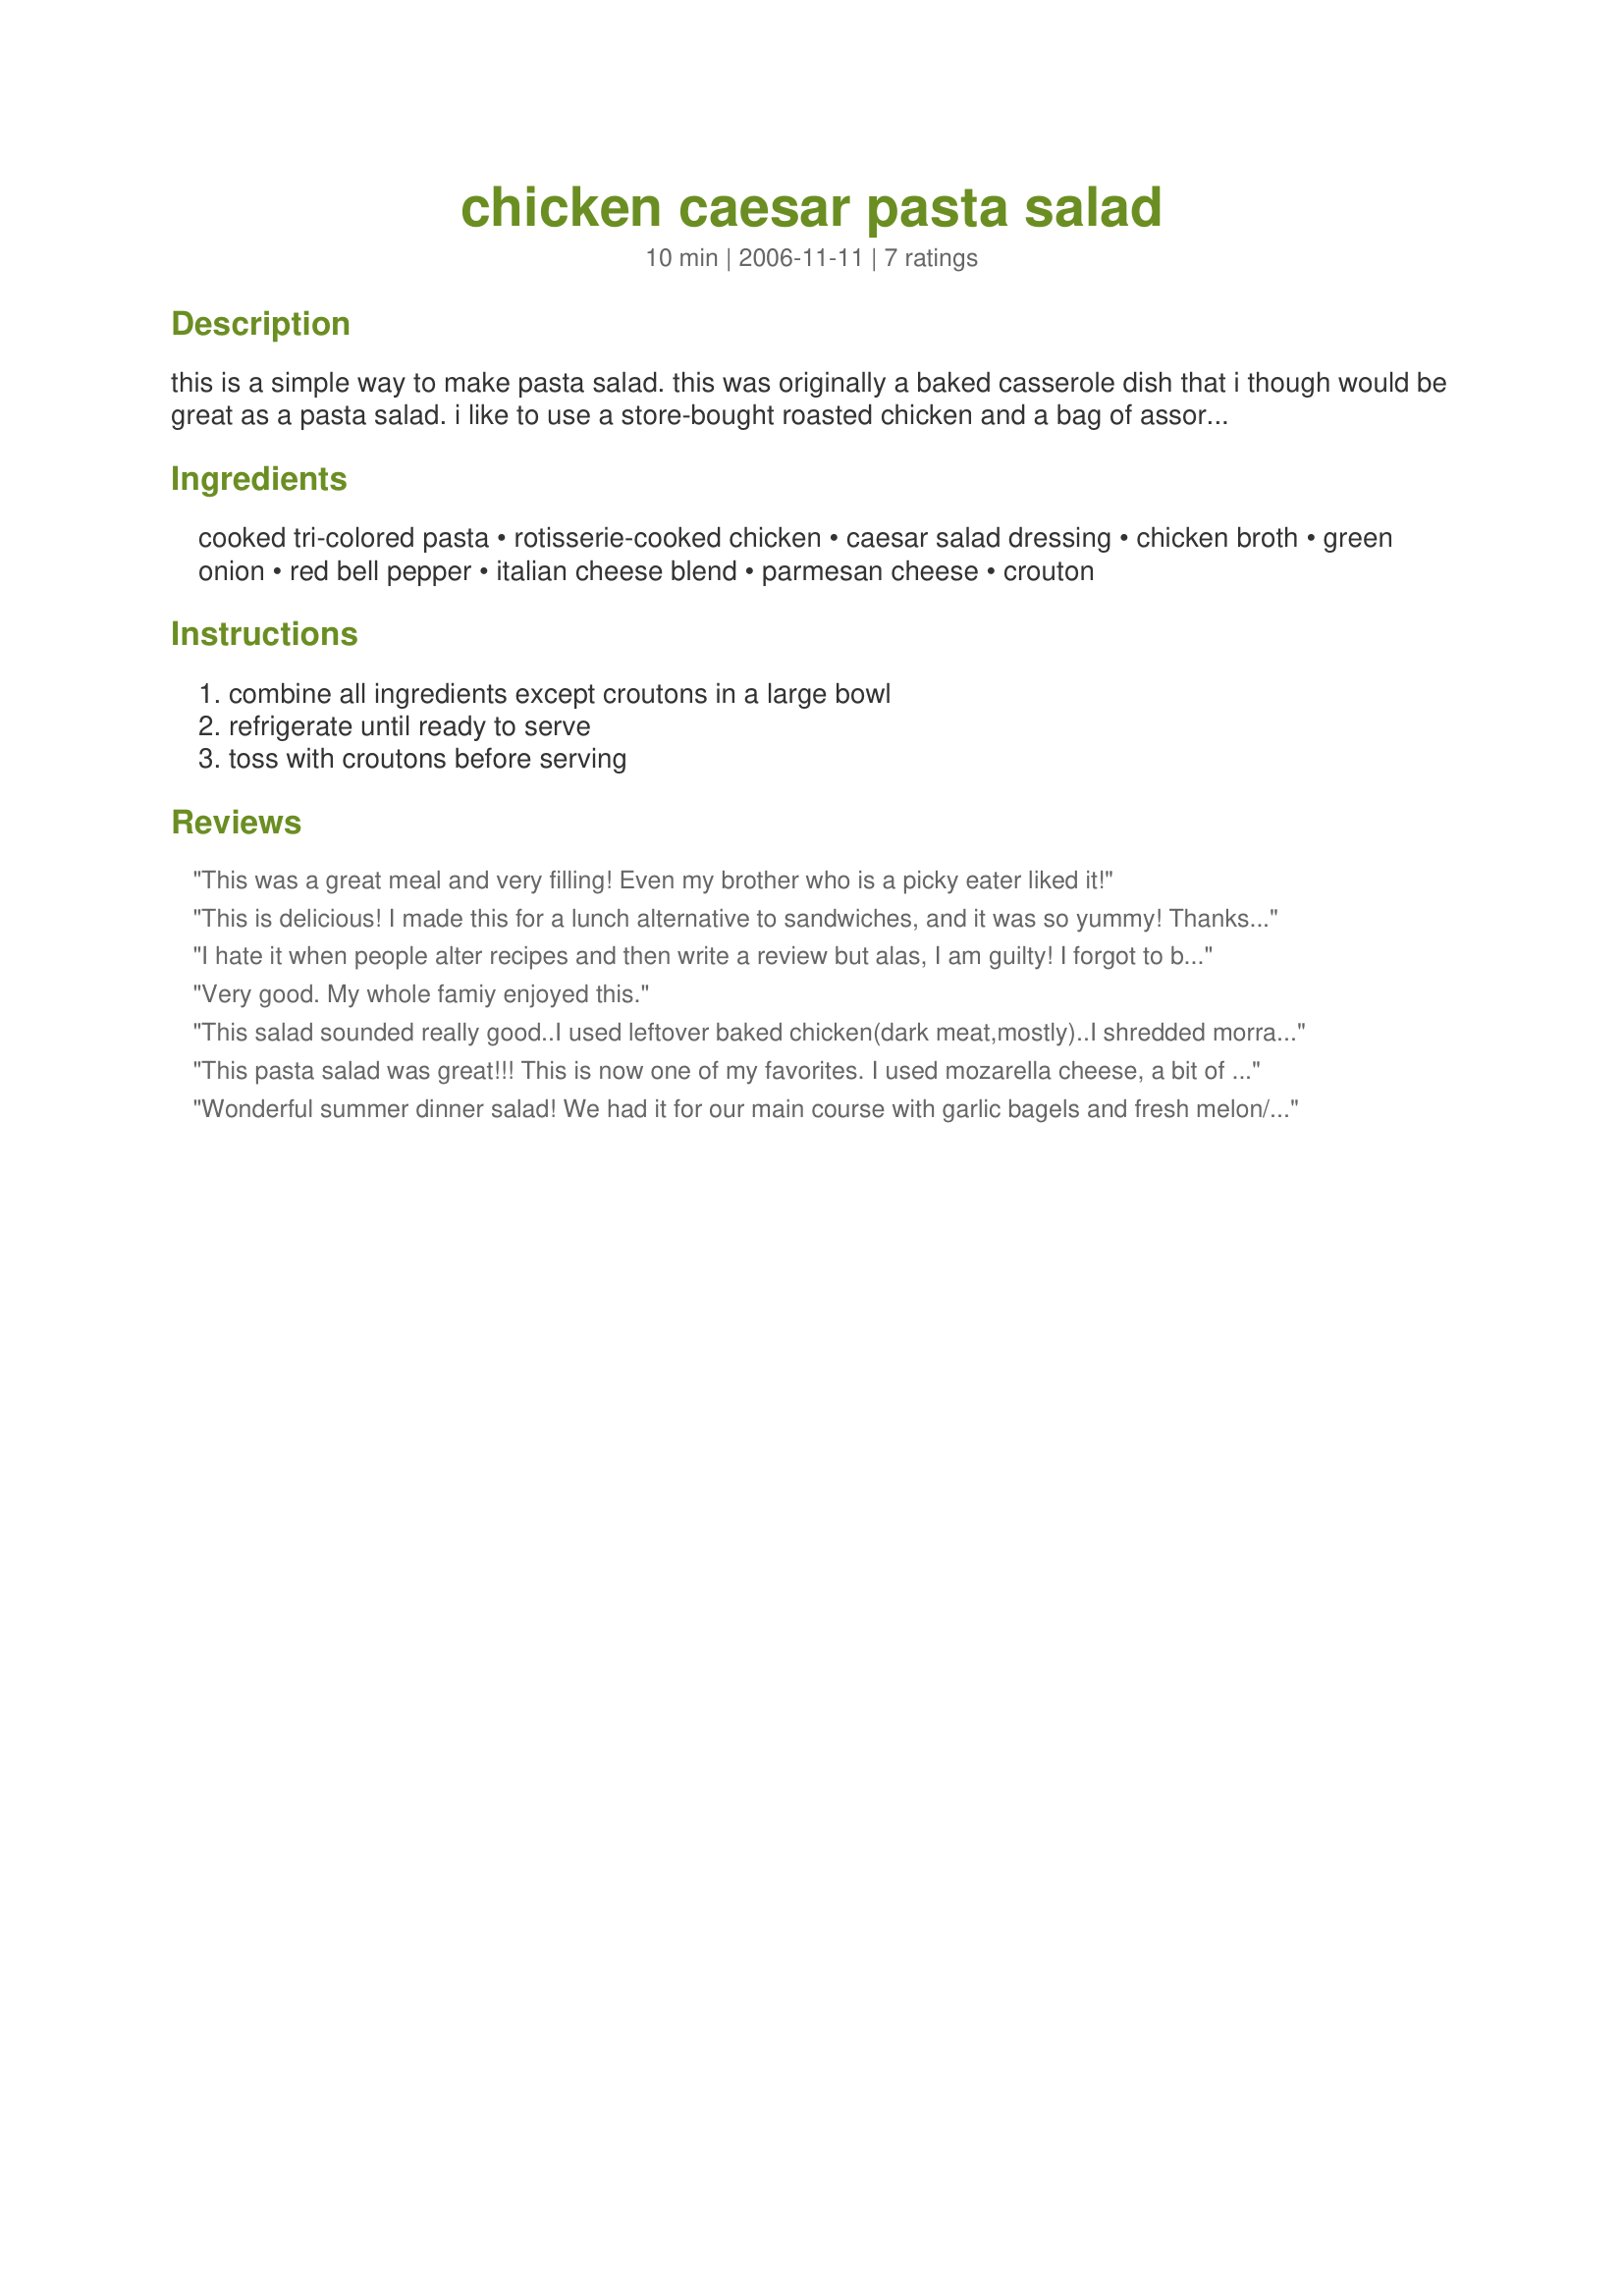
chicken caesar pasta salad
Preparation time: 10 minutes

this is a simple way to make pasta salad. this was originally a baked casserole dish that i though would be great as a pasta salad. i like to use a store-bought roasted chicken and a bag of assorted pasta that has penne, spiral, bowties and shells! you could also try tortellini! i hope you enjoy!

Ingredients:
cooked tri-colored pasta, rotisserie-cooked chicken, caesar salad dressing, chicken broth, green onion, red bell pepper, italian cheese blend, parmesan cheese, crouton

Steps:
combine all ingredients except croutons in a large bowl, refrigerate until ready to serve, toss with croutons before serving

Reviews:
This was a great meal and very filling! Even my brother who is a picky eater liked it!
This is delicious! I made this for a lunch alternative to sandwiches, and it was so yummy! Thanks for posting.
I hate it when people alter recipes and then write a review but alas, I am guilty!

I forgot to buy italian blend cheese so I just left that out (had cheddar but decided against it). I left out the chicken stock based on another person's comment. I had a green bell pepper so used that instead of red. And when I went to serve it, I completely forgot about the croutons!

Even with all these minor changes, this turned out really, really good! My husband really enjoyed it. Perfect meal for a hot summer night. It was SO easy to make too! Served with a couple of slices of french bread, toasted on the grill (maybe why I forgot the croutons!) Thank you! I will definitely make this again!
Very good. My whole famiy enjoyed this.
This salad sounded really good..I used leftover baked chicken(dark meat,mostly)..I shredded morrarella and grated fresh parmesean cheese.I used onion and garlic croutons...This salad was OK..Pretty to look at.Wasnt very creamy.The croutons gave it needed flavor...
This pasta salad was great!!! This is now one of my favorites. I used mozarella cheese, a bit of parmesean & cheese and garlic croutons. I also used only caesar dressing and no chicken broth because I like a creamier salad. Turned out amazing. This summer I'm planning to have a lot of BBQs and this will be one of the salads I make for sure!!
Wonderful summer dinner salad! We had it for our main course with garlic bagels and fresh melon/berries. Yummy! I had never thought of putting this combination together before. The whole family enjoyed it a lot. (I added raw zuchinni and carrots too, and omitted the broth.)
